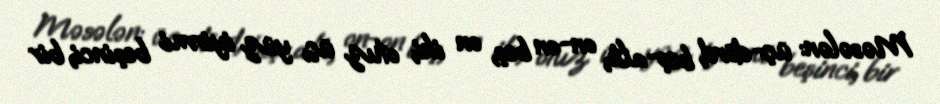
Məsələn: üç-dörd, beş-altı, on-on beş, on iki, otuz üç, yüz iyirmi beşinci, bir